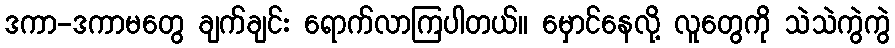
ဒကာ-ဒကာမတွေ ချက်ချင်း ရောက်လာကြပါတယ်။ မှောင်နေလို့ လူတွေကို သဲသဲကွဲကွဲ